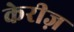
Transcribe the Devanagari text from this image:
केरीज़